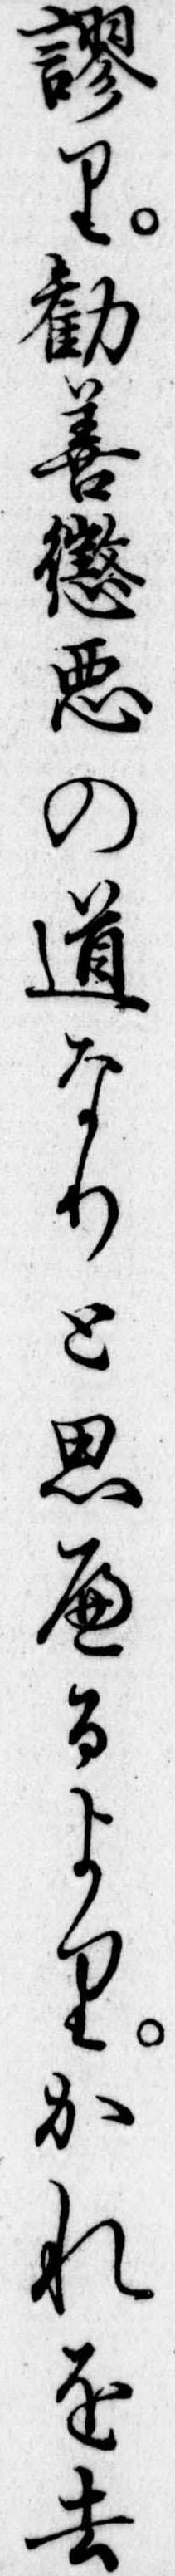
謬り勧善懲悪の道なりと思へるよりかれを去